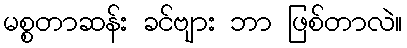
မစ္စတာဆန်း ခင်ဗျား ဘာ ဖြစ်တာလဲ။